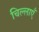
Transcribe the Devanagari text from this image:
चिल्लाएँ